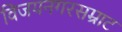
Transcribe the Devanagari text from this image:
विजयनगरसम्राट